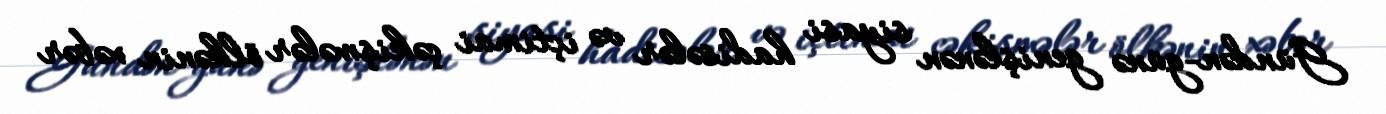
Gündən-günə genişlənən siyasi hadisələr və içtimai çəkişmələr ölkənin xəbər